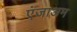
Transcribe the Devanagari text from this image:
एंजाअम